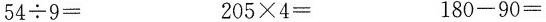
$$5 4 \div 9 =$$ $$2 0 5 \times 4 =$$ $$1 8 0 - 9 0 =$$